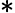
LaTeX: \mathrm{*}